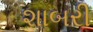
શાબરી